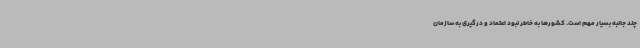
چند جانبه بسیار مهم است. کشورها به خاطر نبود اعتماد و درگیری به سازمان